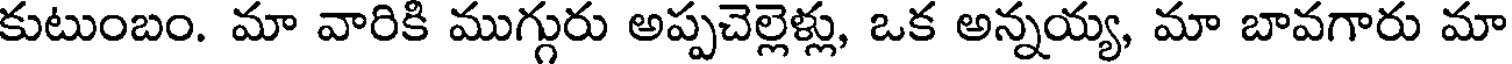
కుటుంబం. మా వారికి ముగ్గురు అప్పచెల్లెళ్లు, ఒక అన్నయ్య, మా బావగారు మా